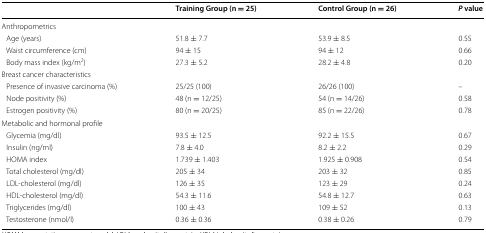
<table><thead><tr><td></td><td><b>Training Group (n = 25)</b></td><td><b>Control Group (n = 26)</b></td><td><b><i>P</i> value</b></td></tr></thead><tbody><tr><td colspan="4">Anthropometrics</td></tr><tr><td> Age (years)</td><td>51.8 ± 7.7</td><td>53.9 ± 8.5</td><td>0.55</td></tr><tr><td> Waist circumference (cm)</td><td>94 ± 15</td><td>94 ± 12</td><td>0.66</td></tr><tr><td> Body mass index (kg/m<sup>2</sup>)</td><td>27.3 ± 5.2</td><td>28.2 ± 4.8</td><td>0.20</td></tr><tr><td colspan="4">Breast cancer characteristics</td></tr><tr><td> Presence of invasive carcinoma (%)</td><td>25/25 (100)</td><td>26/26 (100)</td><td>–</td></tr><tr><td> Node positivity (%)</td><td>48 (n = 12/25)</td><td>54 (n = 14/26)</td><td>0.58</td></tr><tr><td> Estrogen positivity (%)</td><td>80 (n = 20/25)</td><td>85 (n = 22/26)</td><td>0.78</td></tr><tr><td colspan="4">Metabolic and hormonal profile</td></tr><tr><td> Glycemia (mg/dl)</td><td>93.5 ± 12.5</td><td>92.2 ± 15.5</td><td>0.67</td></tr><tr><td> Insulin (ng/ml)</td><td>7.8 ± 4.0</td><td>8.2 ± 2.2</td><td>0.29</td></tr><tr><td> HOMA index</td><td>1.739 ± 1.403</td><td>1.925 ± 0.908</td><td>0.54</td></tr><tr><td> Total cholesterol (mg/dl)</td><td>205 ± 34</td><td>203 ± 32</td><td>0.85</td></tr><tr><td> LDL-cholesterol (mg/dl)</td><td>126 ± 35</td><td>123 ± 29</td><td>0.24</td></tr><tr><td> HDL-cholesterol (mg/dl)</td><td>54.3 ± 11.6</td><td>54.8 ± 12.7</td><td>0.63</td></tr><tr><td> Triglycerides (mg/dl)</td><td>100 ± 43</td><td>109 ± 52</td><td>0.13</td></tr><tr><td> Testosterone (nmol/l)</td><td>0.36 ± 0.36</td><td>0.38 ± 0.26</td><td>0.79</td></tr></tbody></table>